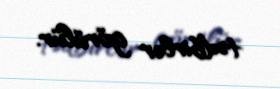
tədbirlər görülür.